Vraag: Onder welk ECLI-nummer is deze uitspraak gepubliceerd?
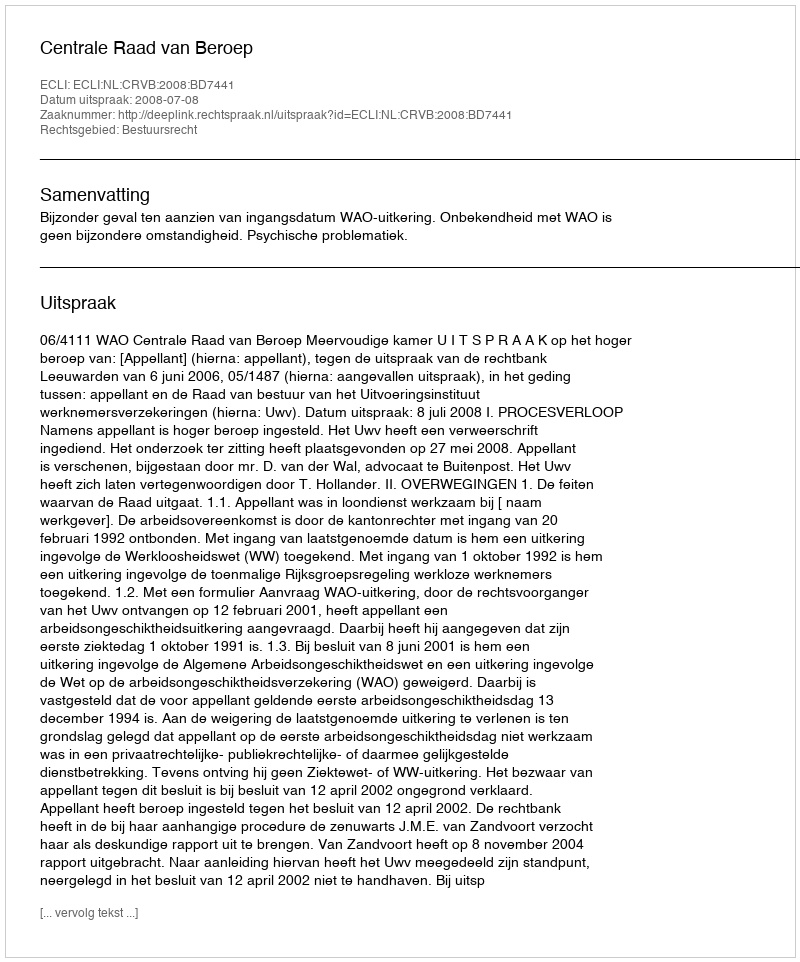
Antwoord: ECLI:NL:CRVB:2008:BD7441